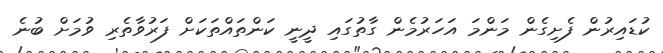
ކުޑައިރުން ފެށިގެން މަންމަ އަހަރުމެން ގާތުގައި ދީނީ ކަންތައްތަކަށް ފަރުވާތެރި ވުމަށް ބުނެ